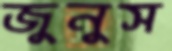
জুনুস